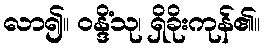
လာ၍။ ဝန္ဒိံသု၊ ရှိခိုးကုန်၏။